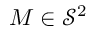
{ \boldsymbol { M } } \in { \mathcal { S } } ^ { 2 }